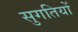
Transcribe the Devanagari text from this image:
सुगतियों